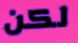
لكن